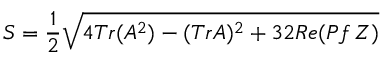
S = { \frac { 1 } { 2 } } \sqrt { 4 T r ( A ^ { 2 } ) - ( T r A ) ^ { 2 } + 3 2 R e ( P f \, Z ) }